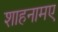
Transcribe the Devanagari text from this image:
शाहनामए